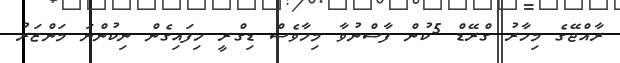
ރާއްޖޭގެ މިހާރު ގްރޭޑް 5ކުން ފާސްނުވާ މިހާވެސް ޑިގްރީ ހިފައިގެން ނިކުންނަ މަންޒަރު